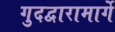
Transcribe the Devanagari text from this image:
गुदद्वारामार्गे